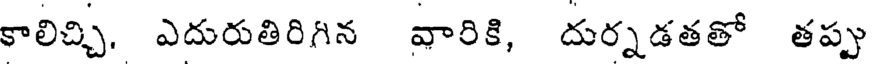
కాలిచ్చి, ఎదురుతిరిగిన వారికి, దుర్నడతతో తప్పు